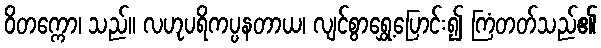
ဝိတက္ကော၊ သည်။ လဟုပရိကပ္ပနတာယ၊ လျင်စွာရွှေ့ပြောင်း၍ ကြံတတ်သည်၏